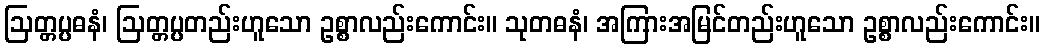
ဩတ္တပ္ပဓနံ၊ ဩတ္တပ္ပတည်းဟူသော ဥစ္စာလည်းကောင်း။ သုတဓနံ၊ အကြားအမြင်တည်းဟူသော ဥစ္စာလည်းကောင်း။